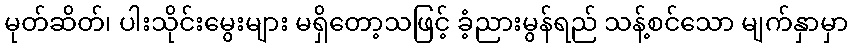
မုတ်ဆိတ်၊ ပါးသိုင်းမွေးများ မရှိတော့သဖြင့် ခံ့ညားမွန်ရည် သန့်စင်သော မျက်နှာမှာ